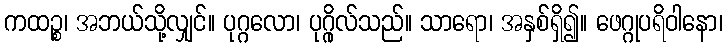
ကထဉ္စ၊ အဘယ်သို့လျှင်။ ပုဂ္ဂလော၊ ပုဂ္ဂိုလ်သည်။ သာရော၊ အနှစ်ရှိ၍။ ဖေဂ္ဂုပရိဝါနော၊